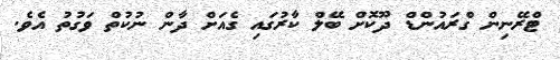
ޓްރޭނިން ގްރައުންޑް ދޫކޮށް ބޭލް ކާރުގައި ގެއަށް ދާން ނުކުތް ވަގުތު އެވެ.